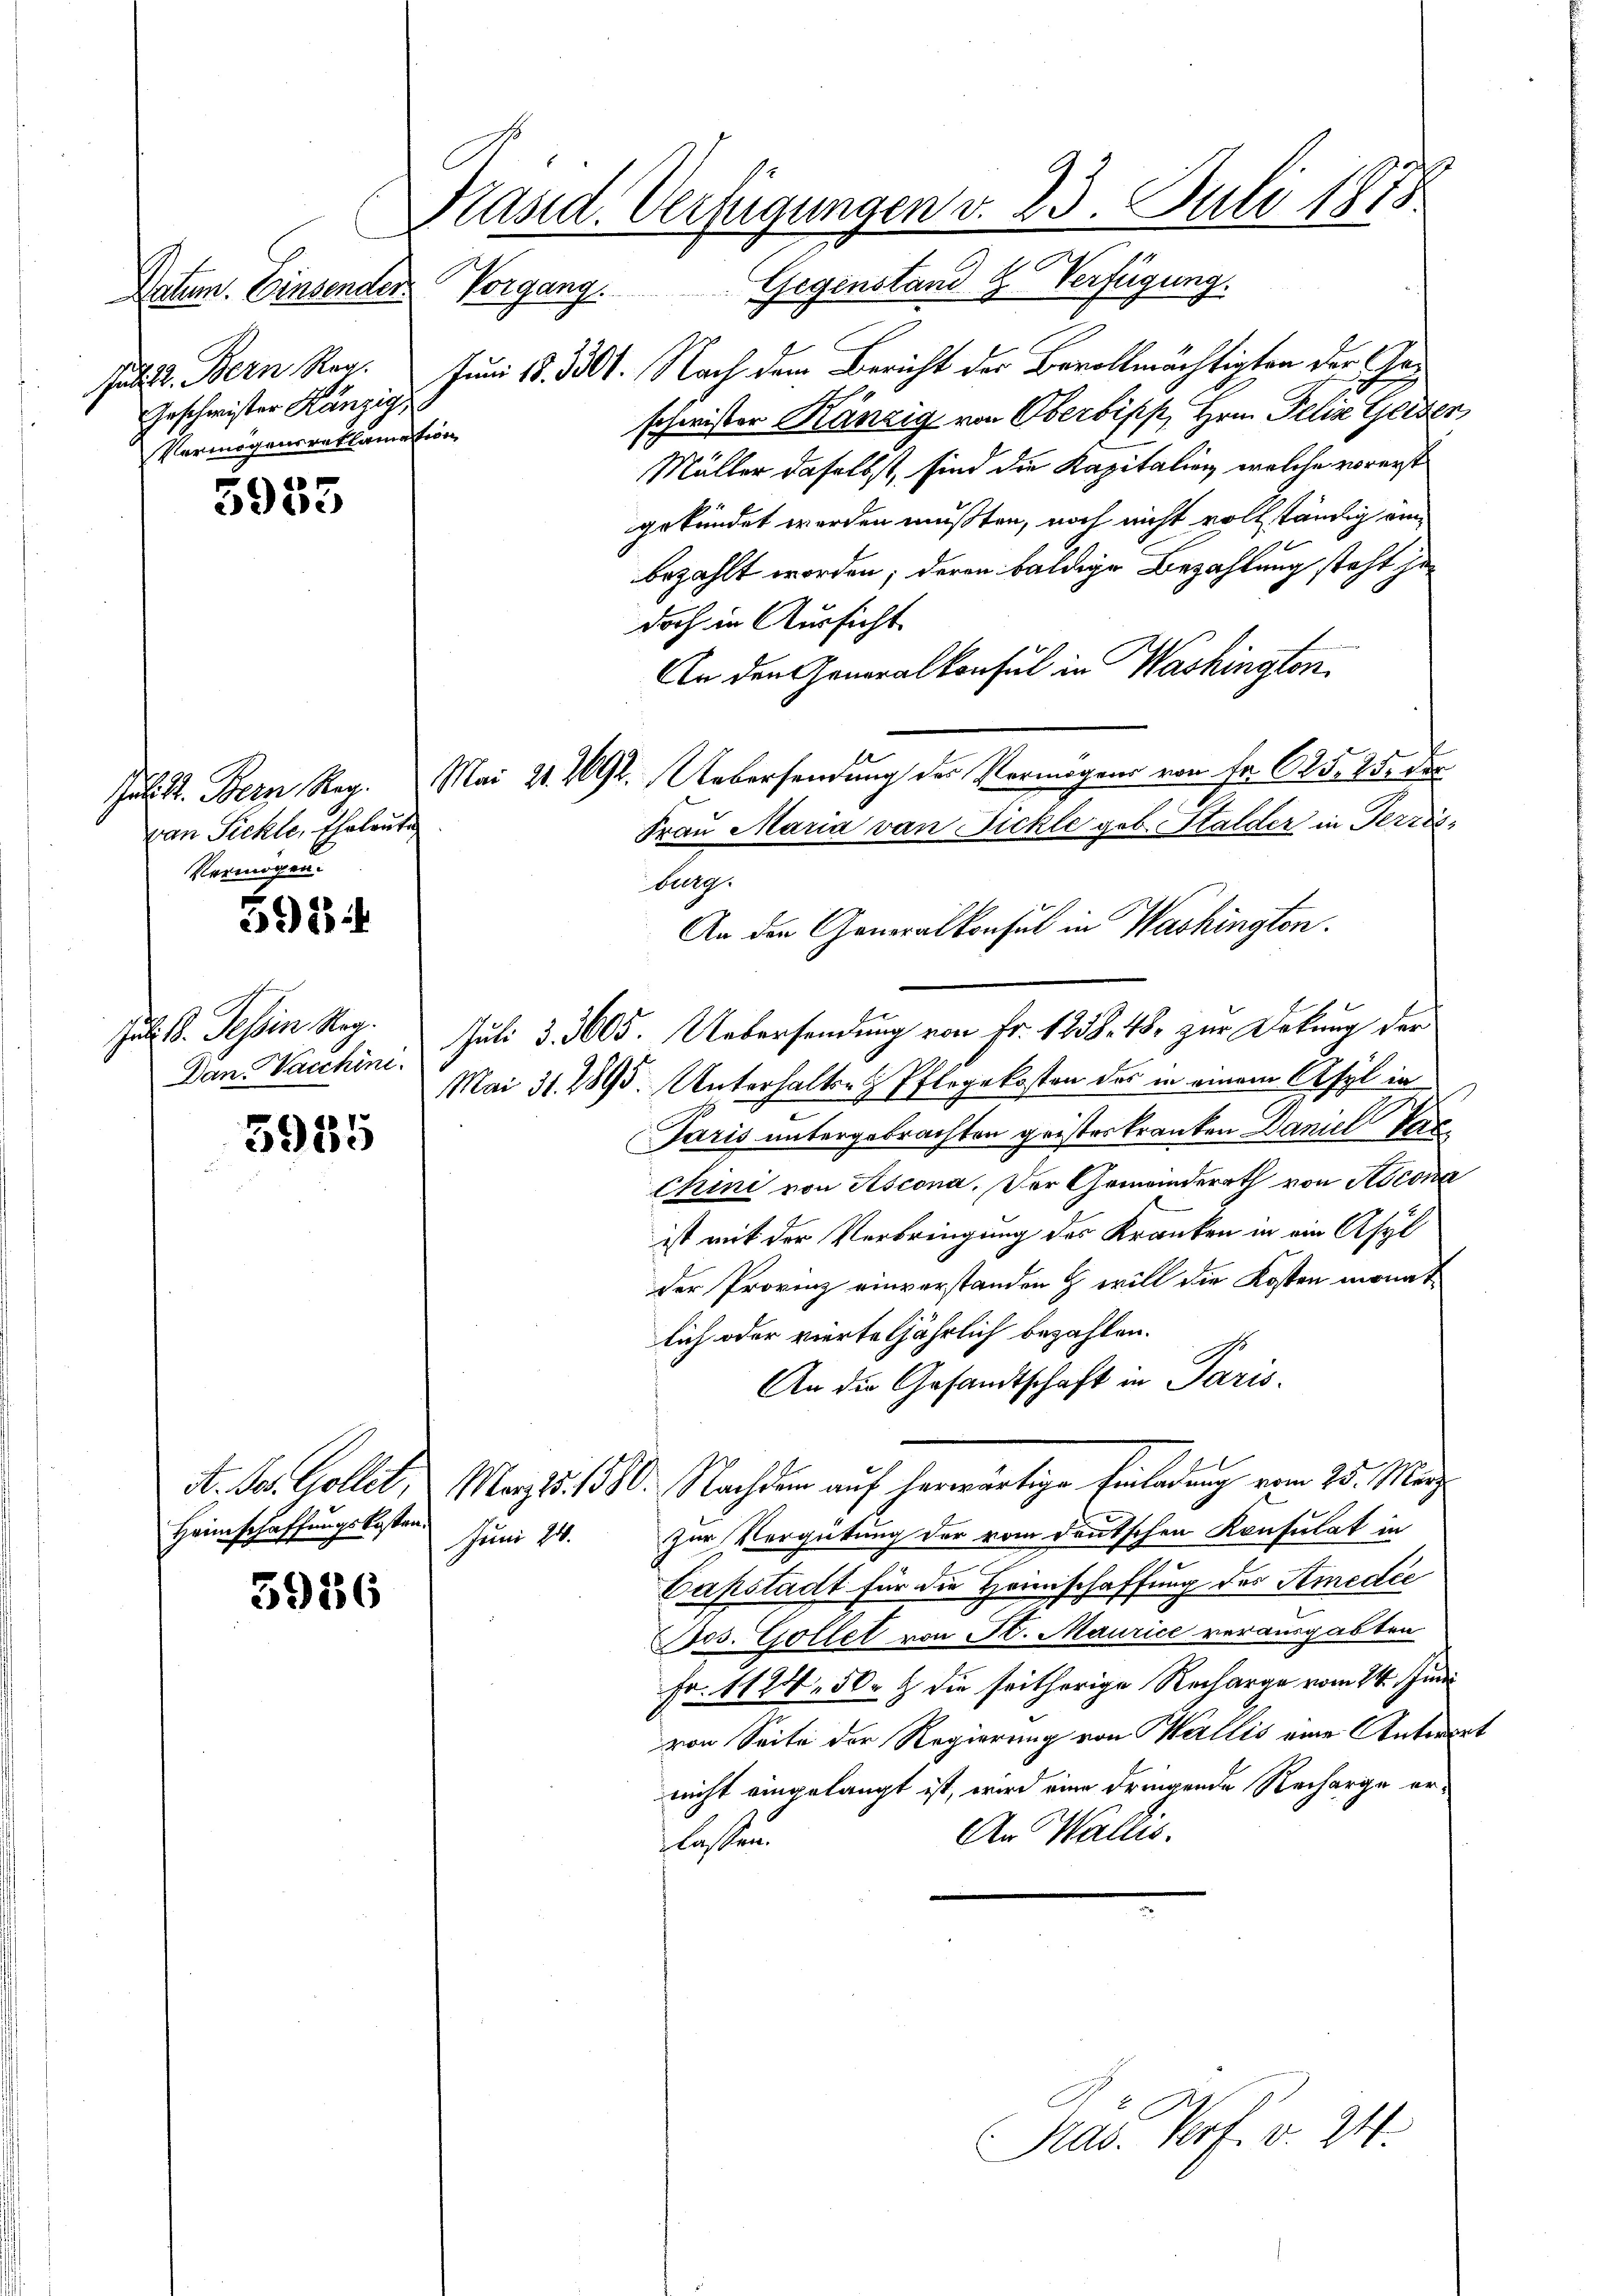
Geschwister Kanzig
Vermögensreklamation

de
3900

5934

5955

5936

van Pichler Eheleute
Vermögen.

Präsid. Verfügungen v. 23. Juli 1878
Datum. Einsender Vorgang. Gegenstand H. Verfügung.

Juli l. Bern Reg. Juni 18. 3301. Nach dem Bericht der Bevollmächtigten der Geschwister Känzig von Oberbiss, Hrn. Pelin Gelder
Müller daselbst, sind die Kapitalien, welche vorerst
gekündet worden mußten, noch nicht vollständig einbezahlt worden; deren baldige Bezahlung steht jedoch in Aussicht.
in weg.
An den Generalkonsul in Washingten.
Jul. St. Bern Reg. Mai 21. 292. Uebersendung der Vermögens von Fr. 625, 25. der
Frau Maria von Fickle geb. Stalder in Terris¬
An den Generalkonsul in Washingten.
Juli 18. Tessin Reg. Juli 33605. Uebersendung von Fr. 1238. 48. zur Dokung der
Mai 31. 1395. Unterhalten Pflegekosten des in einem Asyl in
Paris untergebrachten gristeskranken Daniel Parchini von Ascona. Der Gemeinderath von Rocona
ist mit der Verbringung des Kranken in ein Asyl
der Provinz einverstanden & will die Kosten monat
lich oder vierteljährlich bezahlen.
.
An die Gesandtschaft in Paris.
A. S. Gollik, Mag 5. 1580. Nachdem auf herwärtige Einladung vom 25. März
Zur Vergütung der vom deutschen Konsulat in
Caßstadt für die Heimschaffung des Amedie
Jos. Gollet von St. Maurice verausgabten
Fr. 1124. 50. & die seitherige Recharge vom 24. Juni
von Seite der Regierung von Wallis eine Antraget
nicht eingelangt ist, wird eine dringende Recharge er¬
An Wallis.
flossen

Dan Vacchini

Heimschaffungskosten.
Juni 21.

burg.

Präs. Porf. v. M.